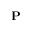
{ \bf P }